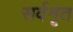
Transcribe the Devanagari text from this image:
सर्वशृत